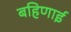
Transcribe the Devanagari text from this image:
बहिणाई